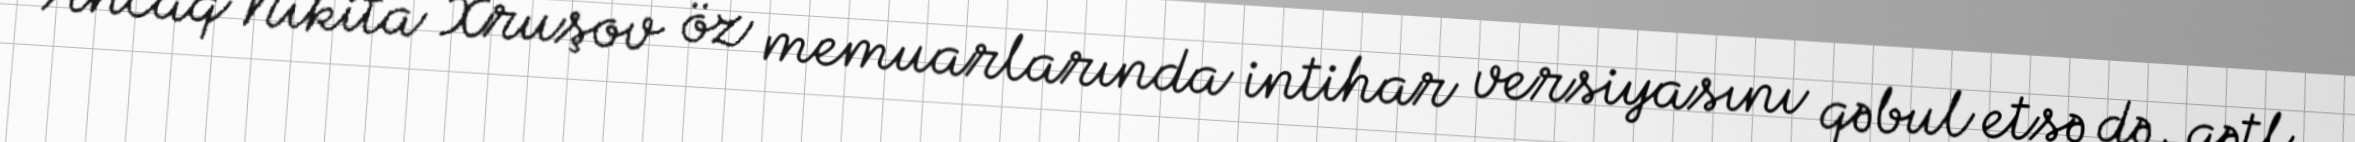
Ancaq Nikita Xruşov öz memuarlarında intihar versiyasını qəbul etsə də, qətl